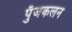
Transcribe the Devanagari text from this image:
पुँजकलन